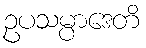
ဥပသမ္ပာဒေတိ